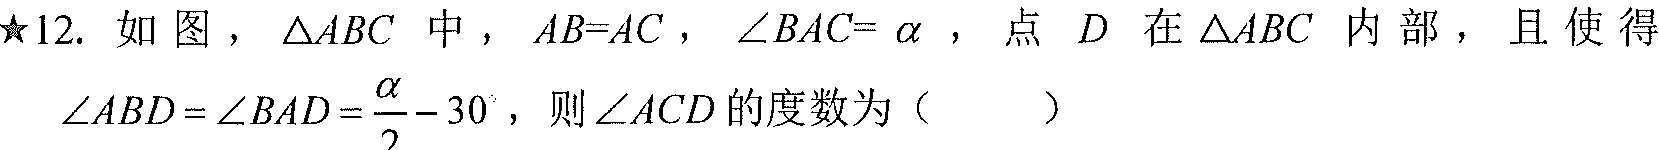
★12. 如图，$\triangle ABC$中，$AB = AC$，$\angle BAC = \alpha$，点$D$在$\triangle ABC$内部，且使得$\angle ABD=\angle BAD=\frac{\alpha}{2}-30^{\circ}$，则$\angle ACD$的度数为（  ）